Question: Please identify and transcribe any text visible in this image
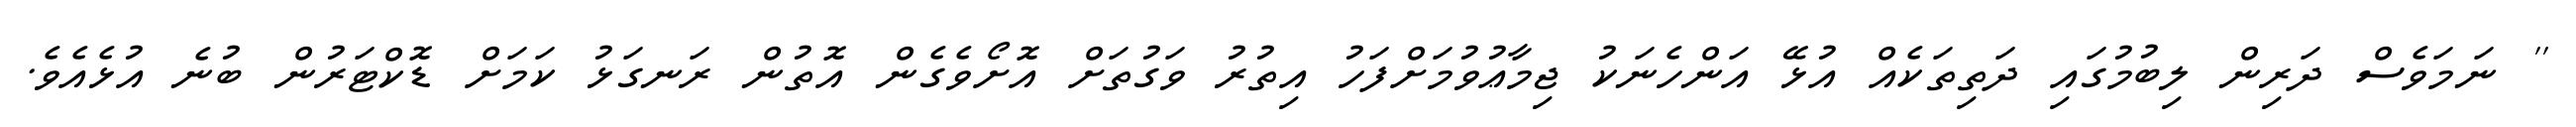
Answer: '' ނަމަވެސް ދަރިން ލިބުމުގައި ދަތިތަކެއް އުޅޭ އަންހެނަކު ޖިމާޢުވުމަށްފަހު އިތުރު ވަގުތަށް އޮށޯވެގެން އޮތުން ރަނގަޅު ކަމަށް ޑޮކްޓަރުން ބުނެ އުޅެއެވެ.